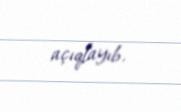
açıqlayıb.